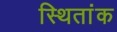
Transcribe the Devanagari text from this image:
स्थितांक